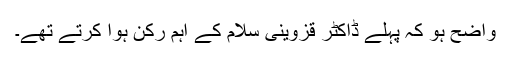
واضح ہو کہ پہلے ڈاکٹر قزوینی سلام کے اہم رکن ہوا کرتے تھے۔